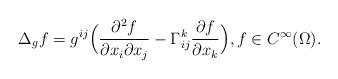
LaTeX: \begin{align*} \Delta_{g} f = g^{ij}\Bigl(\frac{\partial^2 f}{\partial x_i \partial x_j} - \Gamma^k_{ij}\frac{\partial f}{\partial x_k}\Bigr), f \in C^{\infty}(\Omega).\end{align*}